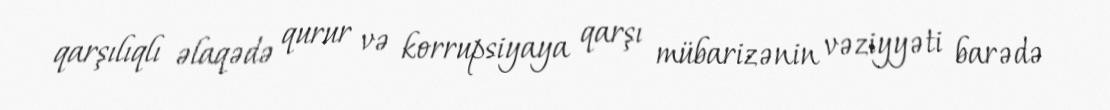
qarşılıqlı əlaqədə qurur və korrupsiyaya qarşı mübarizənin vəziyyəti barədə